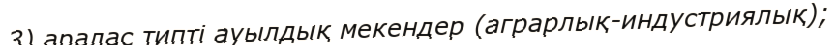
3) аралас типті ауылдық мекендер (аграрлық-индустриялық);